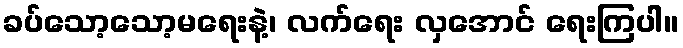
ခပ်သော့သော့မရေးနဲ့၊ လက်ရေး လှအောင် ရေးကြပါ။